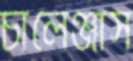
চালেঞ্জার্স